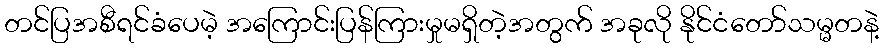
တင်ပြအစီရင်ခံပေမဲ့ အကြောင်းပြန်ကြားမှုမရှိတဲ့အတွက် အခုလို နိုင်ငံတော်သမ္မတနဲ့